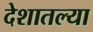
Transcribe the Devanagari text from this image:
देशातल्‍या